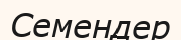
Семендер